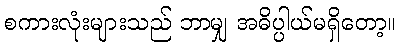
စကားလုံးများသည် ဘာမျှ အဓိပ္ပါယ်မရှိတော့။